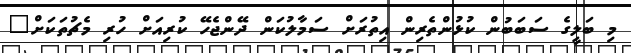
މި ބަލީގެ ސަބަބުން ކުޅުންތެރިން އިތުރަށް ސަމާލުކަން ދޭންޖެހޭ ކުރިއަށް ހުރި މެޗުތަކަށް"